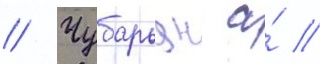
// Чубарьян а́ //